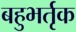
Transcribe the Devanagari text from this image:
बहुभर्तृक